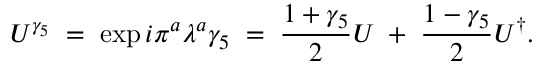
U ^ { \gamma _ { 5 } } \; = \; \exp { i \pi ^ { a } \lambda ^ { a } \gamma _ { 5 } } \; = \; \frac { 1 + \gamma _ { 5 } } { 2 } U \; + \; \frac { 1 - \gamma _ { 5 } } { 2 } U ^ { \dagger } .